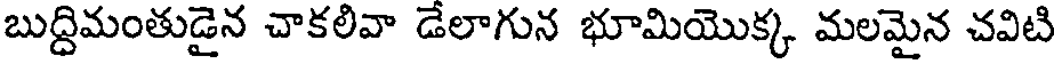
బుద్దిమంతుడైన చాకలివా డేలాగున భూమియొక్క మలమైన చవిటి